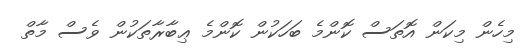
މިހެން މިކަން އޮތަސް ކޮންމެ ބަހަކުން ކޮންމެ ޢިބާރާތަކުން ވެސް މާތް